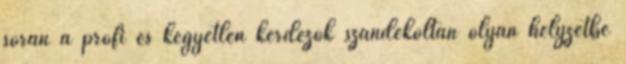
során a profi és kegyetlen kérdezők szándékoltan olyan helyzetbe